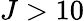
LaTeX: J>10